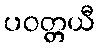
ပဝတ္တယီ